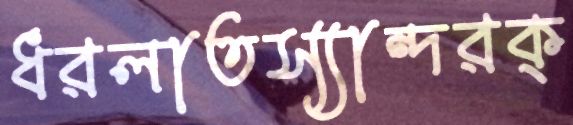
ধরলাতস্যান্দরক্